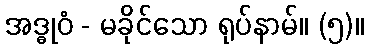
အဒ္ဓုဝံ - မခိုင်သော ရုပ်နာမ်။ (၅)။